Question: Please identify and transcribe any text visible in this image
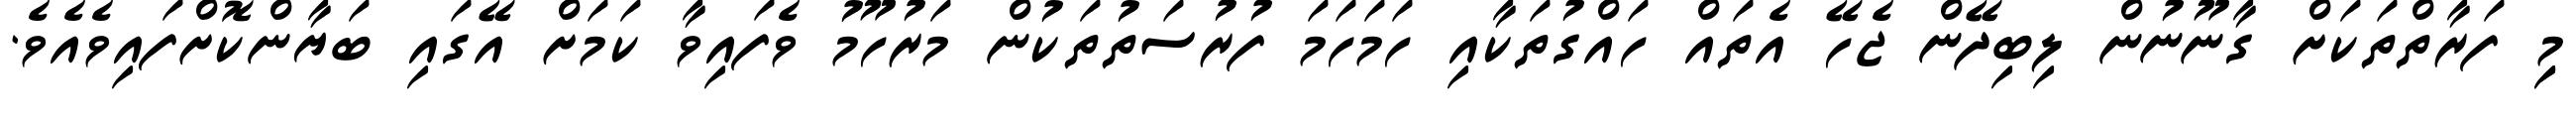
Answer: މިި ފަރާތްތަކަށް ގާނޫނުން ލިބިދޭން ޖެހޭ އެތައް ހައްގުތަކާއި ހަމަހަމަ ފުރުސަތުތަކުން މަރުހޫމު ވެފައިވާ ކަމަށް އޭގައި ބަޔާންކޮށްފައިވެއެވެ.